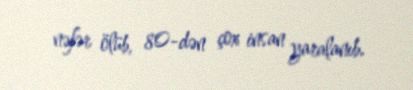
nəfər ölüb, 80-dən çox insan yaralanıb.